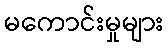
မကောင်းမှုများ